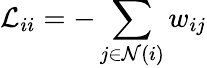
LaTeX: \mathcal{L}_{ii}=-\sum_{j\in\mathcal{N}(i)}w_{ij}